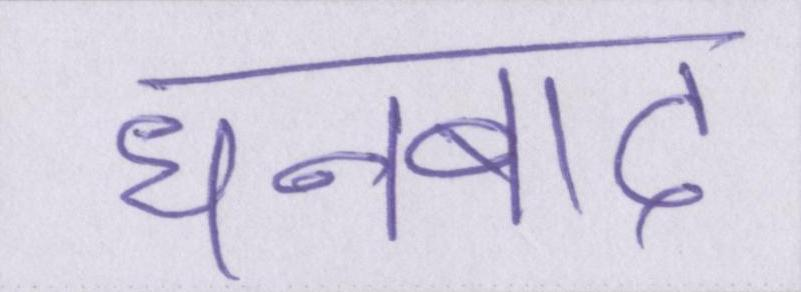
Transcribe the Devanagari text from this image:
धनबाद